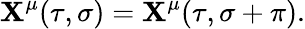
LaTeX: \mathbf{X}^{\mu}(\tau,\sigma)=\mathbf{X}^{\mu}(\tau,\sigma+\pi).